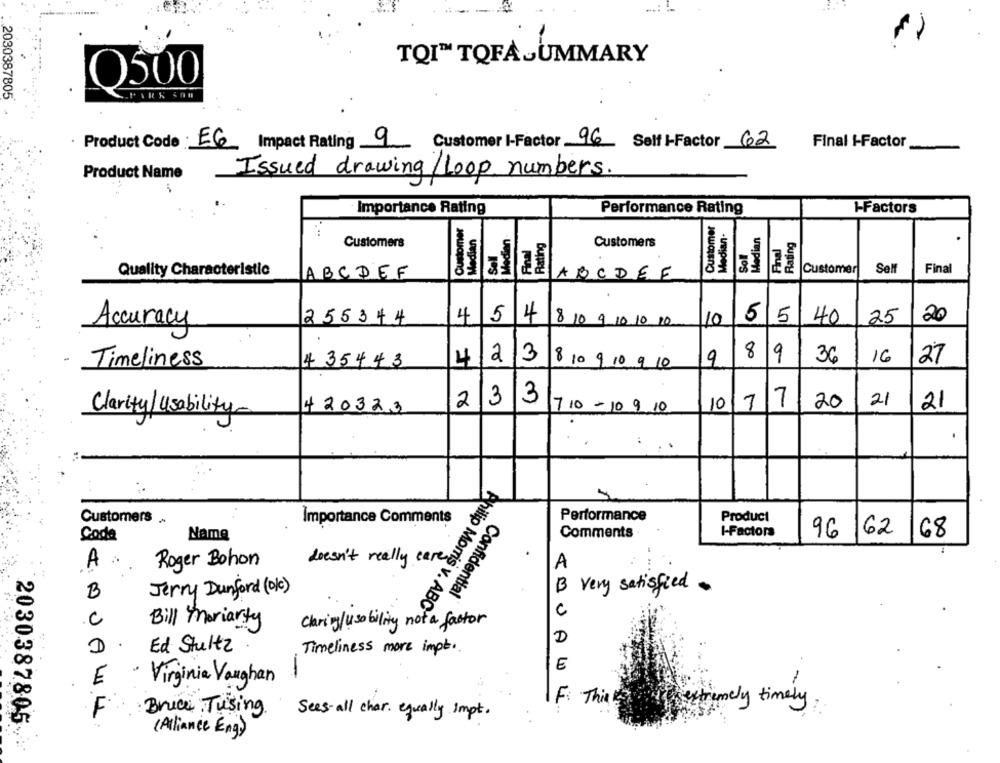
TOI™ TOFA-UMMARY
O500
2030387805
Product Code: EG Impact Rating 9 Customer I-Factor 96 Self -Factor 62
Final I-Factor
Product Name
Issued drawing/Loop numbers.
Importance Rating
Performance Rating
-- Factors
Customer
Customer
Median
:
Median
Median
Rating
Rating
Customers
Final
Customers
Sell
Soll
Quality Characteristic
ABCDEF
Customer
Self
Final
ABCDEF
255344
454
55
40
25
20
Accuracy
8 10 9 10 10 20
10
23
8
9
16
Timeliness
435443
4
8 10 9 10 9 10
9
36
27
-
2
3
3
20
21
420323
710 - 10 9 10
10
7
21
Clarity/usability
.
Customers .
Importance Comments
Performance
Product
Coda
Comments
I-Factors
162
Name
96
68
A
Roger Bohon
doesn't really care
A
B very satisfied
B
Jerry Dunford (Dk)
Confidential
C
....
.C
Bill Moriarty
Claring/ usability not a factor
Philip Morris v. ABOYOc
D
D
.
Timeliness more impt ..
Ed Stultz
-
E
· Virginia Vaughan
E
F: This
extremely timely
F
Bruce Tusing
Sees - all char . equally Impt .
2030387805
(Alliance Eng)